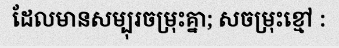
ដែលមានសម្បុរចម្រុះគ្នា; សចម្រុះខ្មៅ :